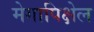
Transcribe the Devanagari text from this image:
मेगापिक्षेल